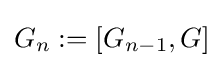
G_{n}:=[G_{n-1},G]